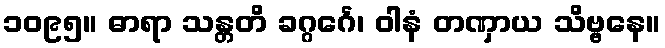
၁၀၉၅။ ဓာရာ သန္တတိ ခဂ္ဂင်္ဂေ၊ ဝါနံ တဏှာယ သိဗ္ဗနေ။